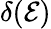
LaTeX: \delta(\mathcal{E})